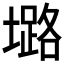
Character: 𱘅